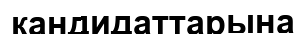
кандидаттарына